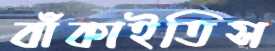
বাঁকাইতিস